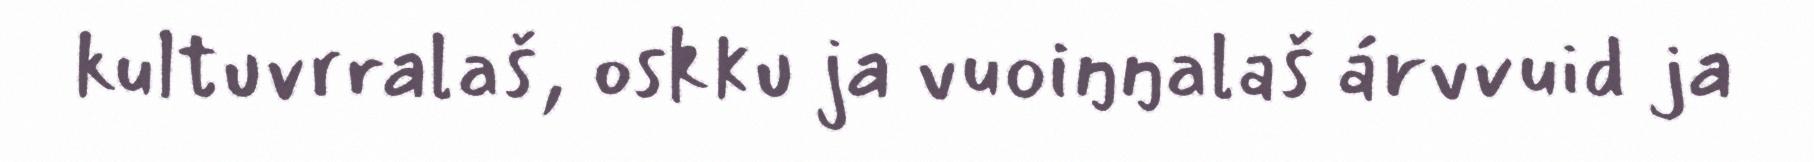
kultuvrralaš, oskku ja vuoiŋŋalaš árvvuid ja